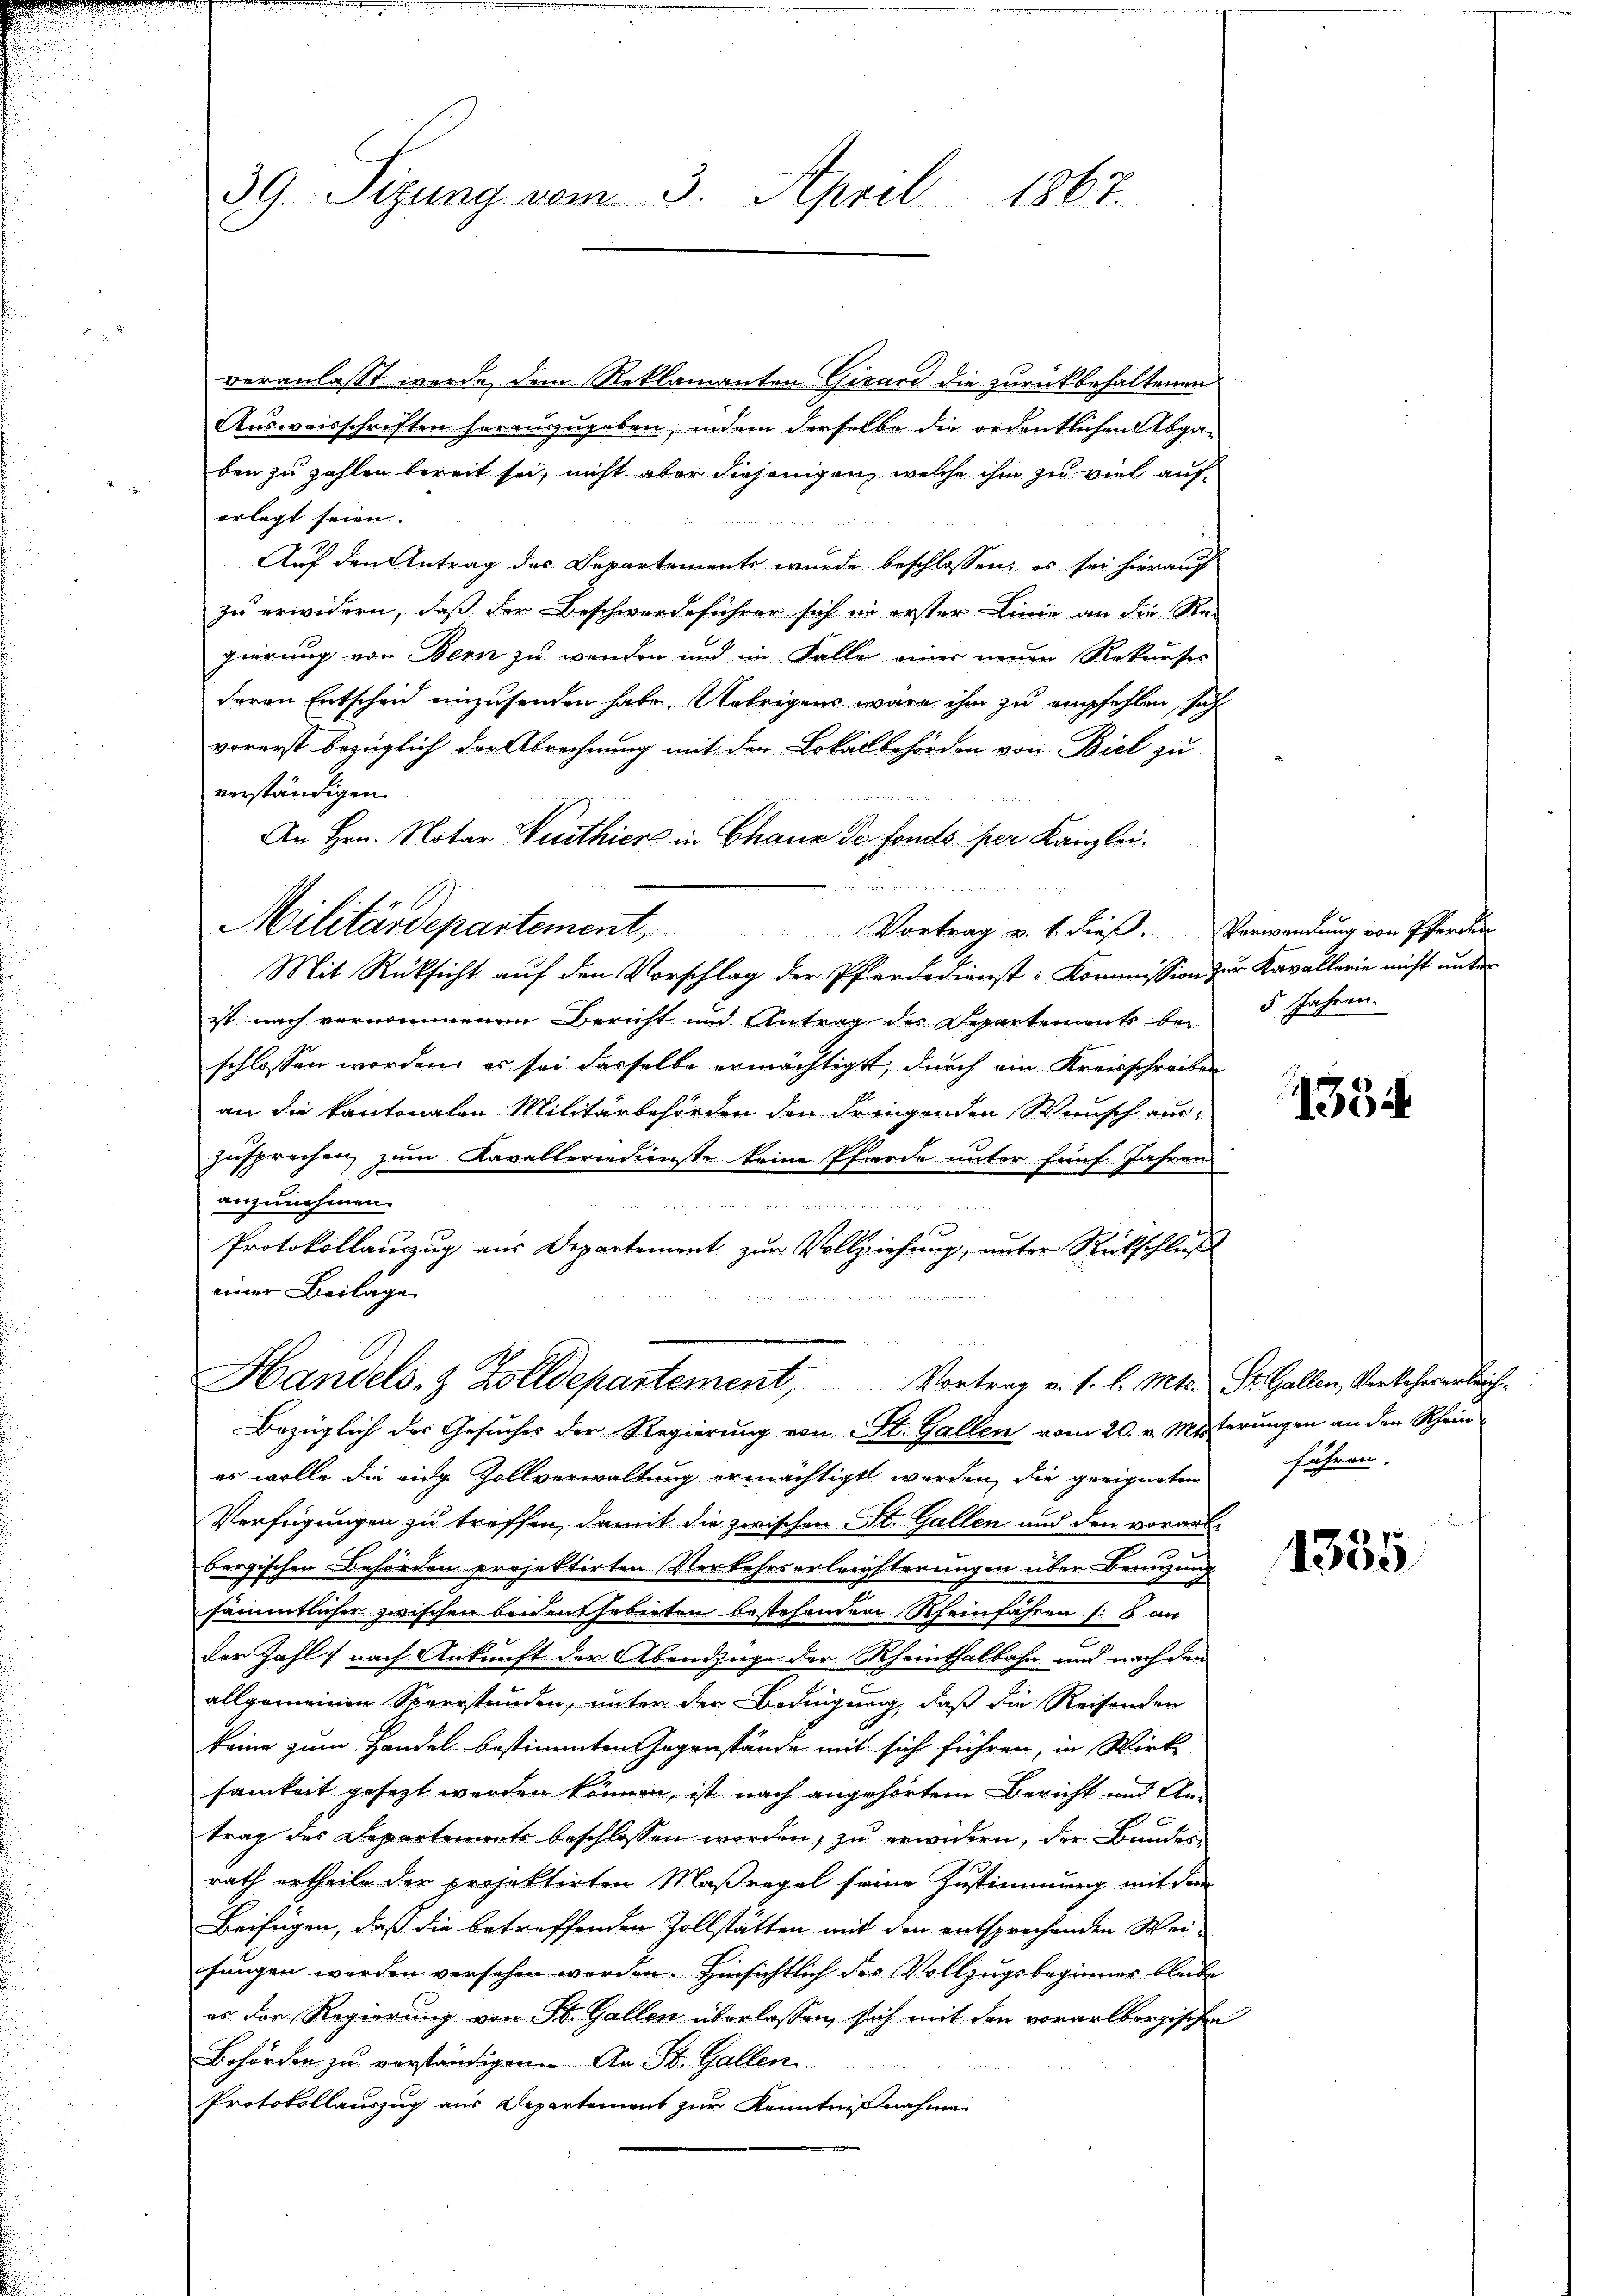
veranlasst wurde dem Reklamanten Girard die zurückbehaltenen
Ausweisschriften herauszugeben, indem derselbe die ordentlichen Abgaben zu zahlen bereit sei, nicht aber diejenigen, welche ihm zu viel auf
erlegt seien.
Auf den Antrag des Departements wurde beschlossen; es sei hierauf
zu erwidern, daß der Beschwerdeführer sich in erster Linie an die Re-
gierung von Bern zu wenden und im Falle einer neuen Rekurses
deren Entscheid einzusenden habe. Uebrigens wäre ihm zu empfehlen, sah
vorerst bezüglich der Abrechnung mit den Lokalbehörden von Biel zu
verständigen.
An Hrn. Notar Verthier in Chaux de fondo per Kanzlei
1

Militärdepartement, Vortrag v. 1. dieβ. Verwendŭng von Pferden
Mit Rücksicht auf den Vorschlag der Pferdedienst-Kommission zur Kavallerie nicht unter
ist nach vernommenen Bericht und Antrag des Departements bei 5 Jahren.
schlossen worden, es sei dasselbe ermächtigt, durch ein Kreisschreiben
an die kantonalen Militärbehörden den dringenden Wunsch aus
zusprechen, zum Kavallerindienste keine Pferde unter fünf. Jahren
anzunehmen.

1
Protokollauszug aus Departement zur Vollziehung, unter Rückschluß
einer Beilage
n
Handels- & Zolldepartement, Vortrag v. 1. l. Mts. St. Gallen, Verkehrerleich¬
Bezüglich des Gesuches der Regierung von St. Gallen vom 20. v. Misterungen an den Rhein
es wolle die eidg. Zollverwaltung ermächtigt worden, die geeigneten führen.
Verfügungen zu treffen, damit die zwischen St. Gallen und den vorart¬
.
bergischen Behörden projektirten Verkehrserleihterungen über Benuzung
sämmtlicher zwischen beidenshebieten bestehenden Rheinfahren (: 8 an
der Zahl nach Ankunft der Abendzüge der Rheinthalbahn und nach den
allgemeinen Sparrstunden, unter der Bedingung, daß die Reisenden
keine zum Handel bestimmten Gegenstände mit sich führen, in Wirk
samkeit gesezt werden können, ist nach angehörtem Bericht und Untrag des Departements beschlossen worden, zu erwidern, der Bandes-
rath ertheile der projektirten Maßregel seine Zustimmung mit dem
Beifügen, daß die betreffenden Zollstätten mit den entsprechenden Weifungen werden versehen werden. Hinsichtlich des Vollzugsbeginner bleibe
es der Regierung von St. Gallen überlassen, sich mit den vorarlbergischen
Behörden zu verständigen. An St. Gallen
Protokollauszug aus Departement zur Kenntnißnahme

39. Sizung vom 3. April 1867.

1354

1335